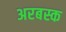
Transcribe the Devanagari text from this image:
अरबस्क